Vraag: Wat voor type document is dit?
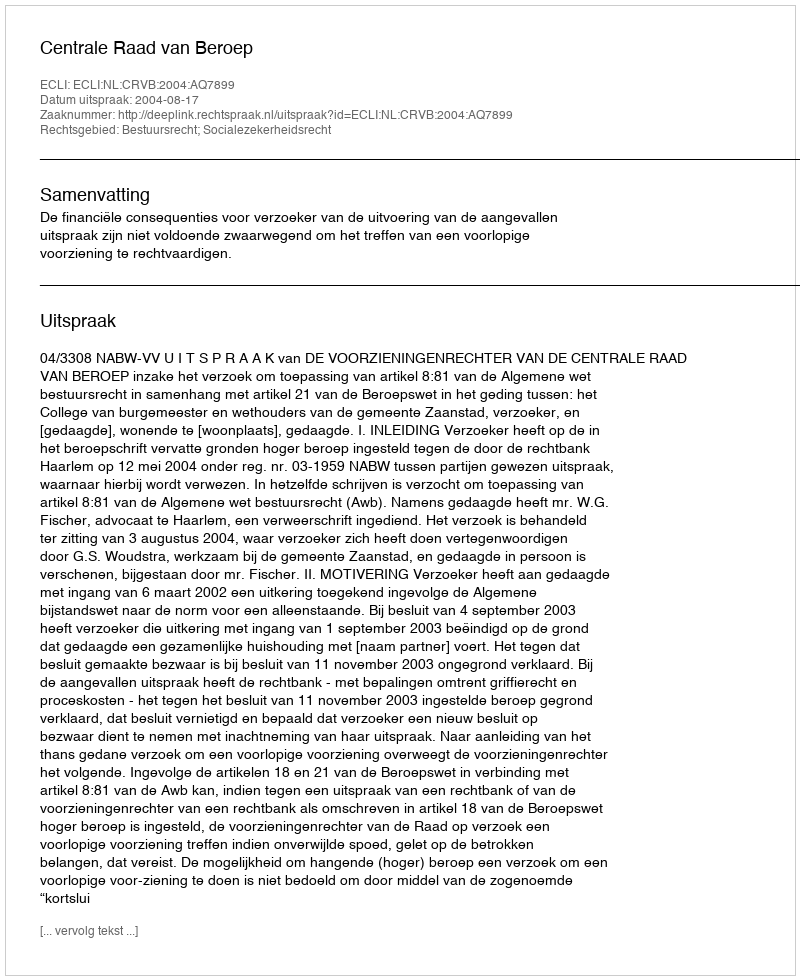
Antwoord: Uitspraak